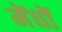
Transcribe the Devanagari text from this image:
मेंघों